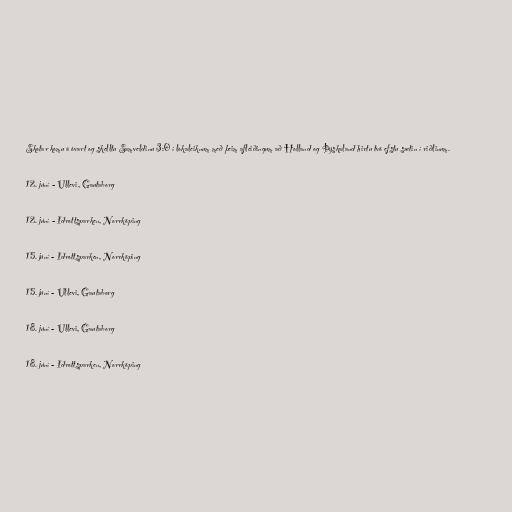
Skotar komu á óvart og skelltu Samveldinu 3:0 í lokaleiknum með þeim afleiðingum að Holland og Þýskaland hirtu tvö efstu sætin í riðlinum.

12. júní - Ullevi, Gautaborg

12. júní - Idrottsparken, Norrköping

15. júní - Idrottsparken, Norrköping

15. júní - Ullevi, Gautaborg

18. júní - Ullevi, Gautaborg

18. júní - Idrottsparken, Norrköping